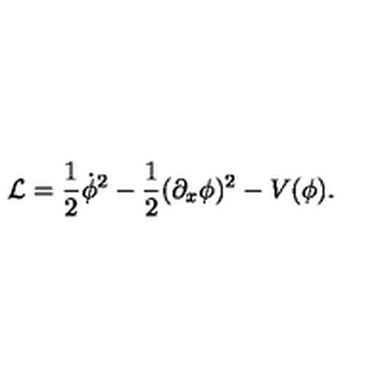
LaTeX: { \cal L } = \frac { 1 } { 2 } \dot { \phi } ^ { 2 } - \frac { 1 } { 2 } ( \partial _ { x } \phi ) ^ { 2 } - V ( \phi ) .